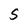
Character: S